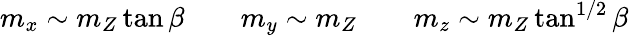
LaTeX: m_{x}\sim m_{Z}\tan\beta\qquad m_{y}\sim m_{Z}\qquad m_{z}\sim m_{Z}\tan^{1/2}\beta